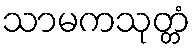
သာမကသုတ္တံ